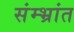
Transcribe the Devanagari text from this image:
संम्भ्रांत